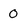
Character: 0